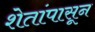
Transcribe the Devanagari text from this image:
शेतांपासून